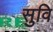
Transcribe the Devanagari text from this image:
सुवि